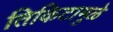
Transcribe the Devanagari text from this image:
तिकिटामुळे